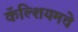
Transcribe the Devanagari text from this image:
कॅल्शियमचे